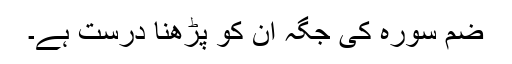
ضم سورہ کی جگہ ان کو پڑھنا درست ہے۔